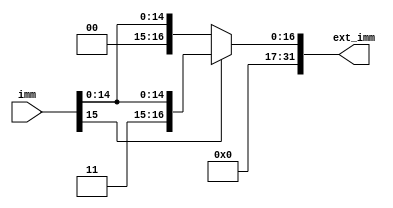
module SIGN_EXTENTION (
    input wire [15:0] imm,  // 16-bit immediate value
    output reg [31:0] ext_imm  // 32-bit sign-extended immediate value
);

   always @* begin
      if (imm[15] == 1'b0) // If the sign bit is 0, it's positive
          ext_imm = {16'b0, imm}; // Extend with 16 zeros
      else // If the sign bit is 1, it's negative
          ext_imm = {16'b1, imm}; // Extend with 16 ones
   end
endmodule